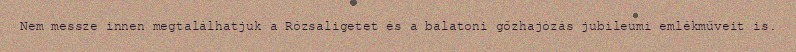
Nem messze innen megtalálhatjuk a Rózsaligetet és a balatoni gőzhajózás jubileumi emlékműveit is.